Civil Veterinary Dept. North-West Frontier Province 1923-32 - 1923-1932
Year: 1923
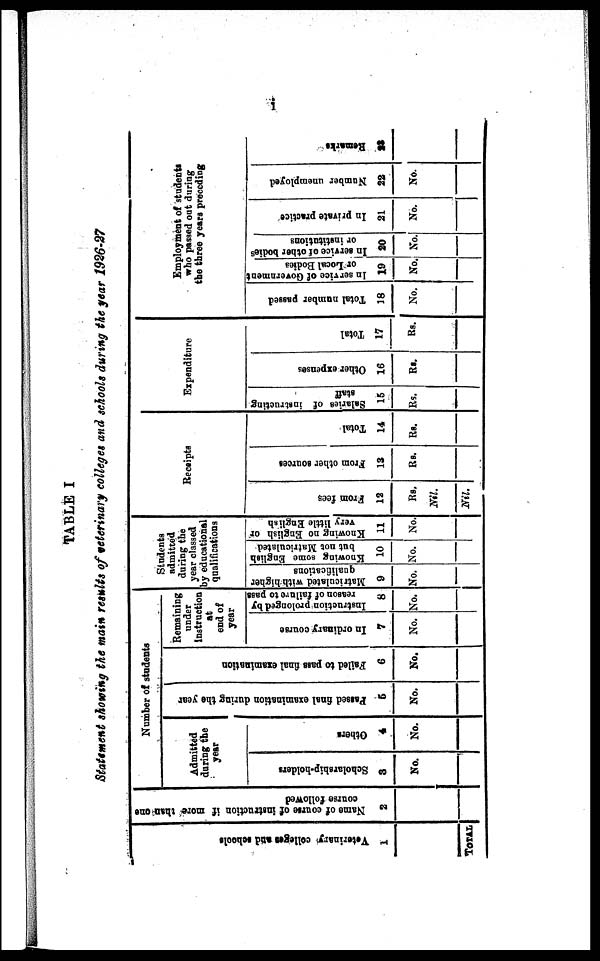
i
TABLE I
Statement showing the main results of veterinary colleges and schools during the year 1926-27
Veterinary colleges and schools
1
TOTAL
Name of course of instruction if more than-one
coarse followed
2
Number of students
Admitted
daring the
year
Scholarship-holders
3
No.
Others
4
No.
Passed final examination duriug the year
6
No.
Failed to pass final examination
6
No.
Remaining
under
Instruction
at
end of
year
In ordinary course
7
No.
Instruction prolonged by
reason of failure to pass
8
No.
Students
admitted
during the
year classed
by educational
qualifications
Matriculated with higher
qualifications
9
No.
Knowing some English
but not Matriculated
10
No.
Knowing no English or
very little English
11
No.
Receipts
From fees
12
Rs.
Nil.
Nil.
From other sources
13
Rs.
Total
14
Rs.
Expenditure
Salaries of instructing
staff
15
Rs.
Other expenses
16
Rs.
Total
17
Rs.
Employment of students
who passed out during
the three years preceding
Total number passed
18
No.
In service of Government
or Local Bodies
19
No.
In service of other bodies
or institutions
20
No.
In private practice
21
No.
Number unemployed
22
No.
Remarks
23